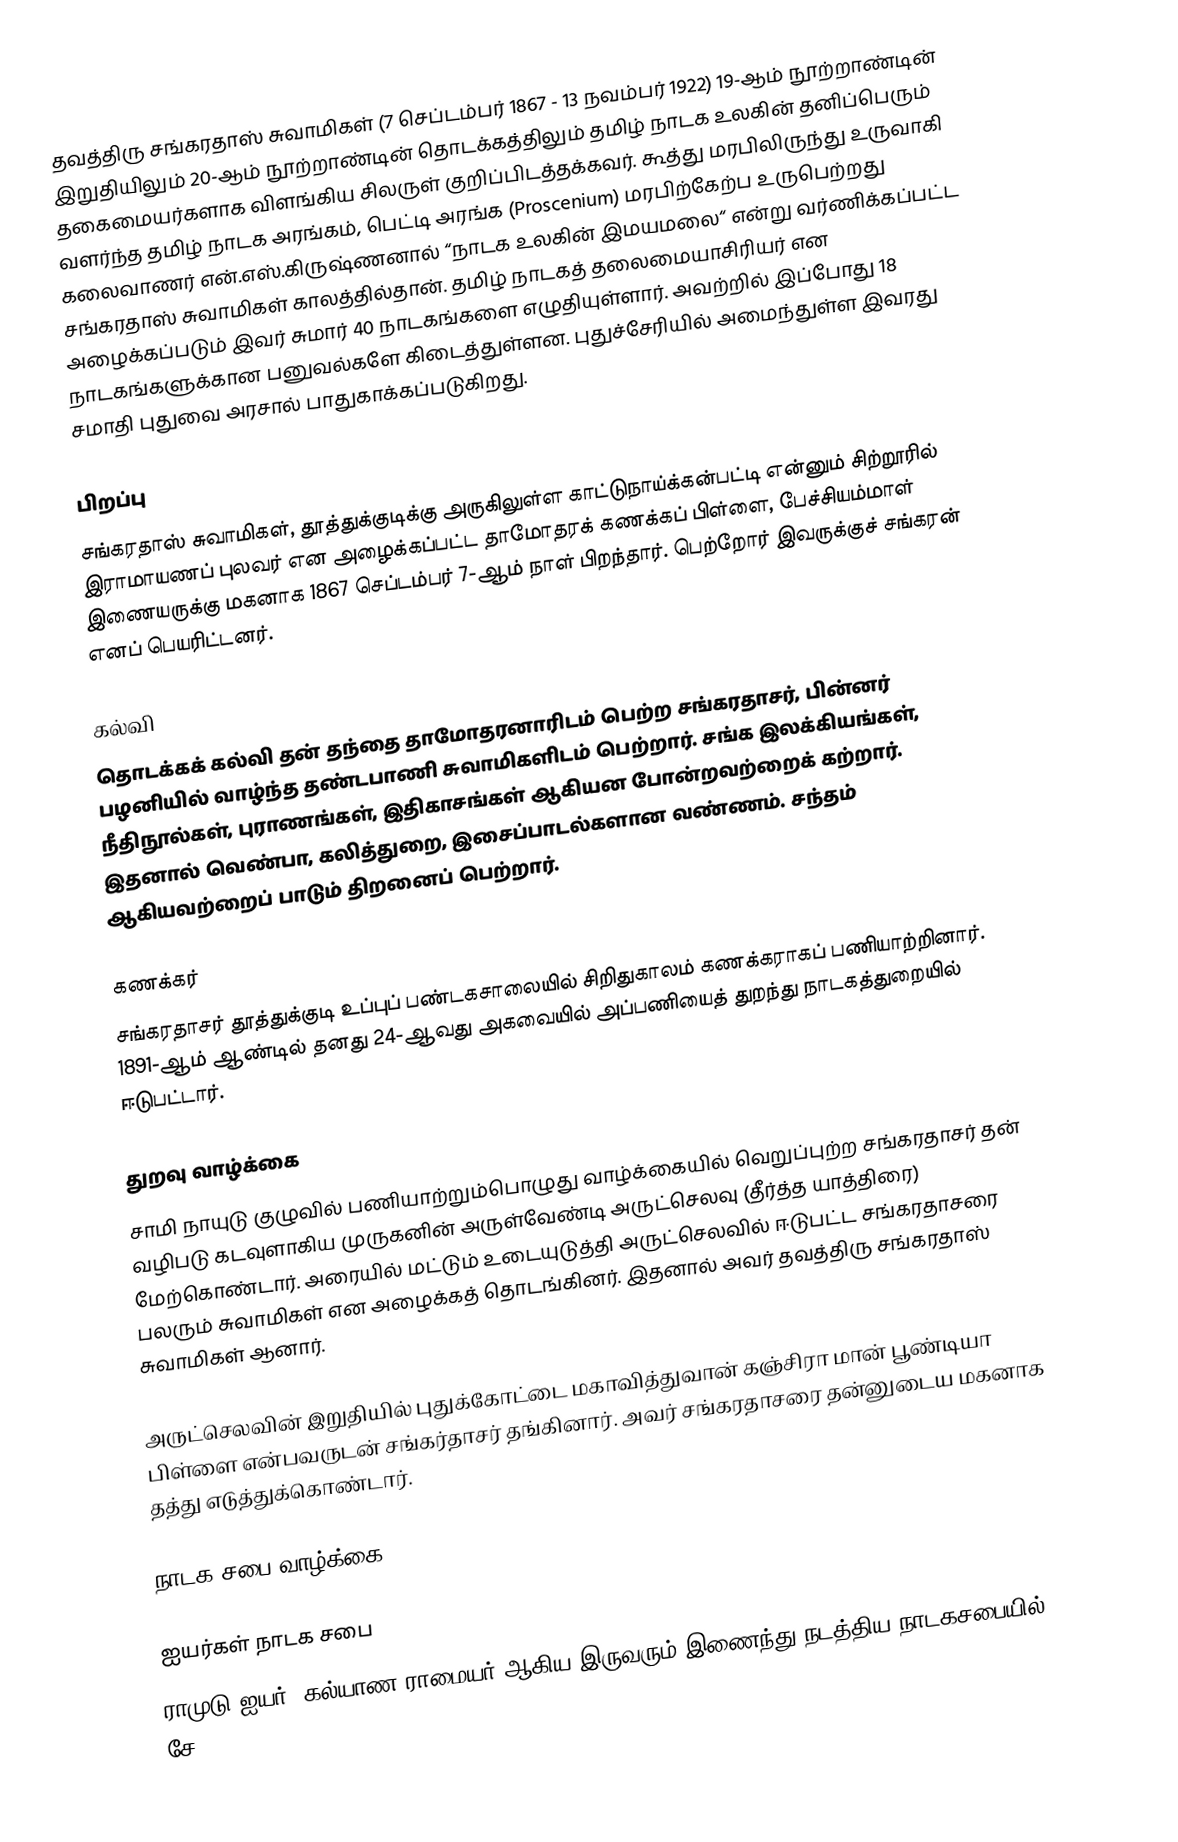
தவத்திரு சங்கரதாஸ் சுவாமிகள் (7 செப்டம்பர் 1867 - 13 நவம்பர் 1922) 19-ஆம் நூற்றாண்டின் இறுதியிலும் 20-ஆம் நூற்றாண்டின் தொடக்கத்திலும் தமிழ் நாடக உலகின் தனிப்பெரும் தகைமையர்களாக விளங்கிய சிலருள் குறிப்பிடத்தக்கவர். கூத்து மரபிலிருந்து உருவாகி வளர்ந்த தமிழ் நாடக அரங்கம், பெட்டி அரங்க (Proscenium) மரபிற்கேற்ப உருபெற்றது கலைவாணர் என்.எஸ்.கிருஷ்ணனால் “நாடக உலகின் இமயமலை“ என்று வர்ணிக்கப்பட்ட சங்கரதாஸ் சுவாமிகள் காலத்தில்தான். தமிழ் நாடகத் தலைமையாசிரியர் என அழைக்கப்படும் இவர் சுமார் 40 நாடகங்களை எழுதியுள்ளார். அவற்றில் இப்போது 18 நாடகங்களுக்கான பனுவல்களே கிடைத்துள்ளன. புதுச்சேரியில் அமைந்துள்ள இவரது சமாதி புதுவை அரசால் பாதுகாக்கப்படுகிறது.

பிறப்பு
சங்கரதாஸ் சுவாமிகள், தூத்துக்குடிக்கு அருகிலுள்ள காட்டுநாய்க்கன்பட்டி என்னும் சிற்றூரில் இராமாயணப் புலவர் என அழைக்கப்பட்ட தாமோதரக் கணக்கப் பிள்ளை, பேச்சியம்மாள் இணையருக்கு மகனாக 1867 செப்டம்பர் 7-ஆம் நாள் பிறந்தார். பெற்றோர் இவருக்குச் சங்கரன் எனப் பெயரிட்டனர்.

கல்வி
தொடக்கக் கல்வி தன் தந்தை தாமோதரனாரிடம் பெற்ற சங்கரதாசர், பின்னர் பழனியில் வாழ்ந்த தண்டபாணி சுவாமிகளிடம் பெற்றார். சங்க இலக்கியங்கள், நீதிநூல்கள், புராணங்கள், இதிகாசங்கள் ஆகியன போன்றவற்றைக் கற்றார். இதனால் வெண்பா, கலித்துறை, இசைப்பாடல்களான வண்ணம். சந்தம் ஆகியவற்றைப் பாடும் திறனைப் பெற்றார்.

கணக்கர்
சங்கரதாசர் தூத்துக்குடி உப்புப் பண்டகசாலையில் சிறிதுகாலம் கணக்கராகப் பணியாற்றினார். 1891-ஆம் ஆண்டில் தனது 24-ஆவது அகவையில் அப்பணியைத் துறந்து நாடகத்துறையில் ஈடுபட்டார்.

துறவு வாழ்க்கை
சாமி நாயுடு குழுவில் பணியாற்றும்பொழுது வாழ்க்கையில் வெறுப்புற்ற சங்கரதாசர் தன் வழிபடு கடவுளாகிய முருகனின் அருள்வேண்டி அருட்செலவு (தீர்த்த யாத்திரை) மேற்கொண்டார். அரையில் மட்டும் உடையுடுத்தி அருட்செலவில் ஈடுபட்ட சங்கரதாசரை பலரும் சுவாமிகள் என அழைக்கத் தொடங்கினர். இதனால் அவர் தவத்திரு சங்கரதாஸ் சுவாமிகள் ஆனார்.

அருட்செலவின் இறுதியில் புதுக்கோட்டை மகாவித்துவான் கஞ்சிரா மான் பூண்டியா பிள்ளை என்பவருடன் சங்கர்தாசர் தங்கினார். அவர் சங்கரதாசரை தன்னுடைய மகனாக தத்து எடுத்துக்கொண்டார்.

நாடக சபை வாழ்க்கை

ஐயர்கள் நாடக சபை
ராமுடு ஐயர், கல்யாண ராமையர் ஆகிய இருவரும் இணைந்து நடத்திய நாடகசபையில் சே